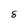
Character: 8